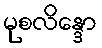
မုစလိန္ဒော